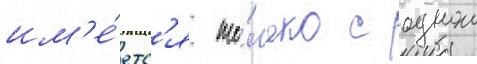
им'е́етс'я то́лько с однои